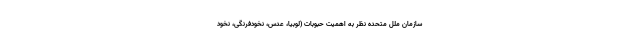
سازمان ملل متحده نظر به اهمیت حبوبات (لوبیا، عدس، نخودفرنگی، نخود